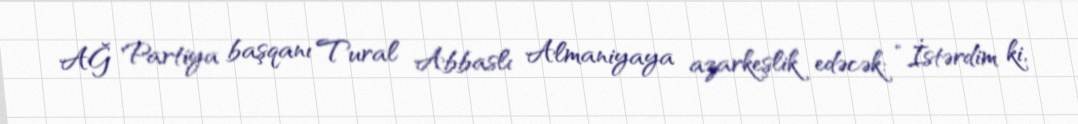
AĞ Partiya başqanı Tural Abbaslı Almaniyaya azarkeşlik edəcək: “İstərdim ki,